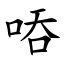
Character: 㖔